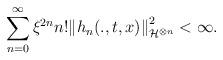
LaTeX: \begin{align*}\sum_{n=0}^{\infty}\xi^{2n} n!{\|h_n(.,t,x)\|}_{\mathcal{H}^{\otimes n}}^2<\infty.\end{align*}